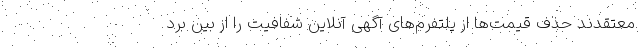
معتقدند حذف قیمت‌ها از پلتفرم‌های آگهی آنلاین شفافیت را از بین برد